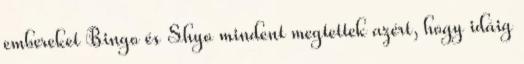
embereket Bingo és Shyo mindent megtettek azért, hogy idáig